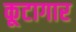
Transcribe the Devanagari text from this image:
कूटागार